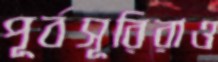
পূর্বসূরিরাও